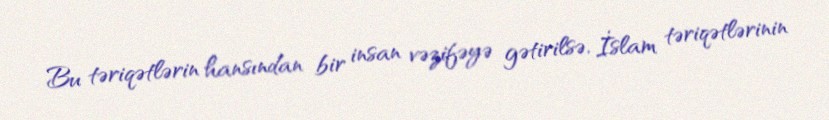
Bu təriqətlərin hansından bir insan vəzifəyə gətirilsə, İslam təriqətlərinin